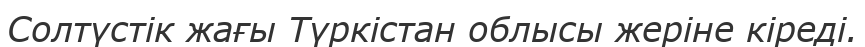
Солтүстік жағы Түркістан облысы жеріне кіреді.